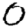
Digit: 0